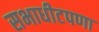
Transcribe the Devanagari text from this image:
सभाधीटपणा